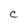
Character: C